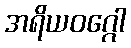
အရိယဝဂ္ဂေါ